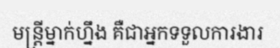
មន្ត្រីម្នាក់ហ្នឹង គឺជាអ្នកទទួលការងារ